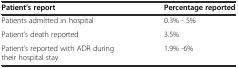
| Patient’s report | Percentage reported |
 | --- | --- |
 | Patients admitted in hospital | 0.3% - 5% |
 | Patient’s death reported | 3.5% |
 | Patient’s reported with ADR during their hospital stay | 1.9% -6% |